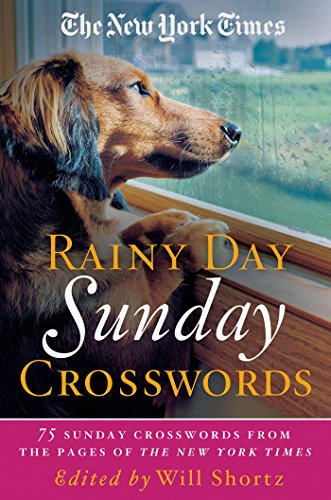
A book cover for The New York Times Rainy Day Sunday Crosswords: 75 Sunday Puzzles from the Pages of The New York Times; The New York Times; Humor & Entertainment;